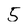
Character: 5